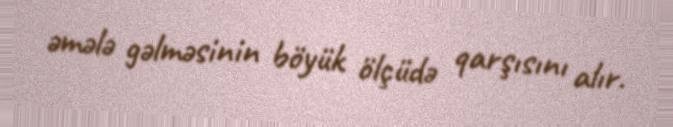
əmələ gəlməsinin böyük ölçüdə qarşısını alır.